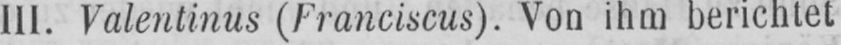
III. Valentinus (Franciscus). Von ihm berichtet